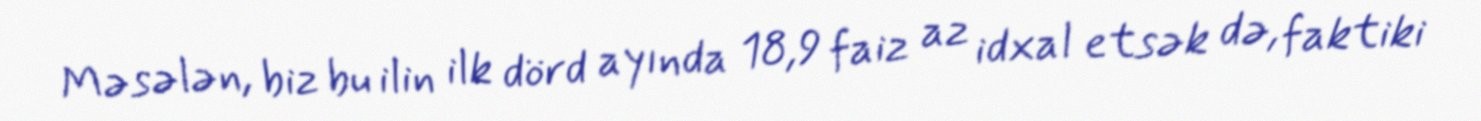
Məsələn, biz bu ilin ilk dörd ayında 18,9 faiz az idxal etsək də, faktiki